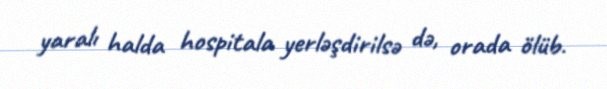
yaralı halda hospitala yerləşdirilsə də, orada ölüb.